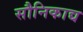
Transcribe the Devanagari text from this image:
सौनिकाद्य